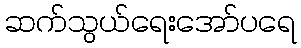
ဆက်သွယ်ရေးအော်ပရေ